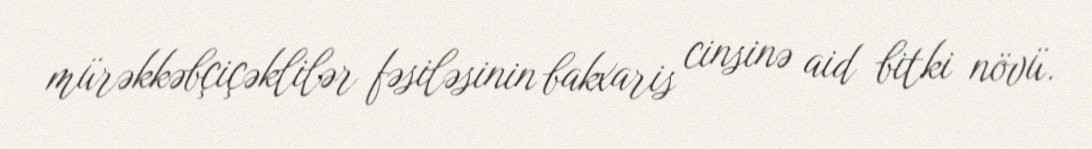
mürəkkəbçiçəklilər fəsiləsinin bakxaris cinsinə aid bitki növü.